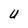
Character: U